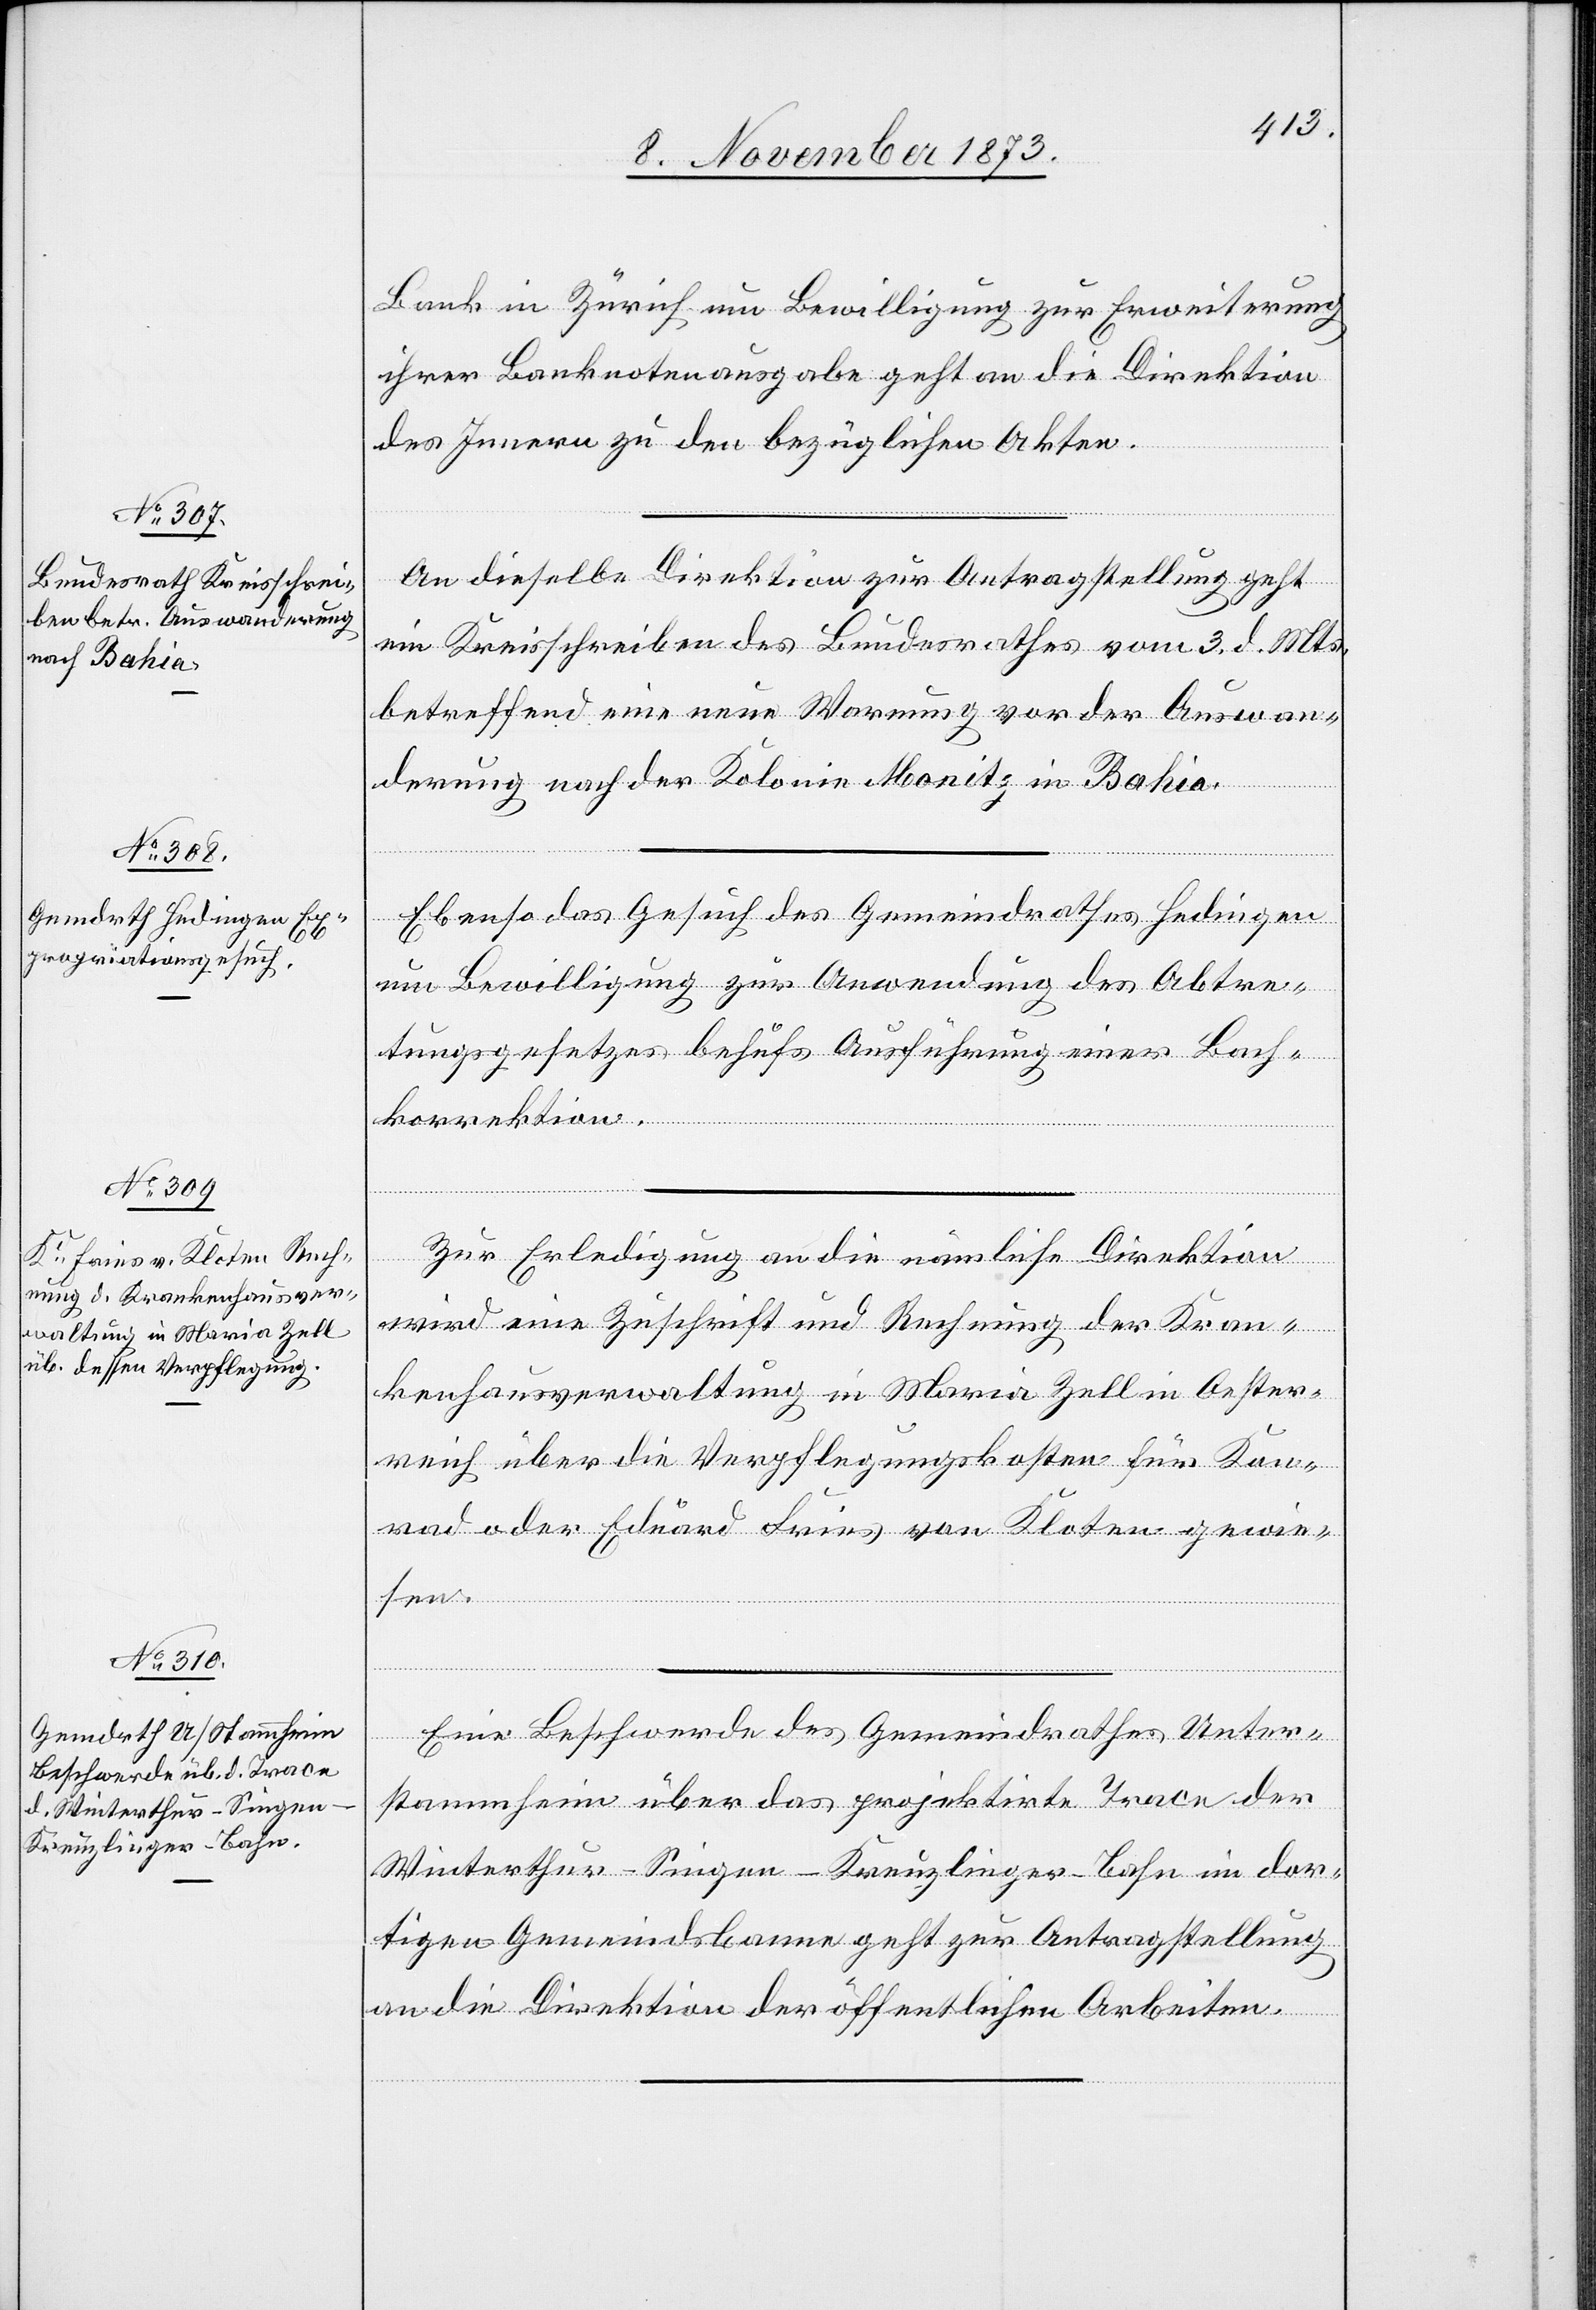
10. November 1873.]
Bank in Zürich um Bewilligung zur Erweiterung
ihrer Banknotenausgabe geht an die Direktion
des Innern zu den bezüglichen Akten.
An dieselbe Direktion zur Antragstellung geht
ein Kreisschreiben des Bundesrathes vom 3. d. Mts.
betreffend eine neue Warnung vor der Auswan¬
derung nach der Kolonie Monitz in Bahia.
Ebenso das Gesuch des Gemeindrathes Hedingen
um Bewilligung zur Anwendung des Abtre¬
tungsgesetzes behufs Ausführung einer Bach¬
korrektion.
Zur Erledigung an die nämliche Direktion
wird eine Zuschrift und Rechnung der Kran¬
kenhausverwaltung in Maria Zell in Oester¬
reich über die Verpflegungskosten für Kon¬
rad oder Eduard Fries von Kloten gewie¬
sen.
Eine Beschwerde des Gemeindrathes Unter¬
stammheim über das projektirte Trace der
Winterthur–Singen–Kreuzlinger-Bahn im dor¬
tigen Gemeindsbanne geht zur Antragstellung
an die Direktion der öffentlichen Arbeiten.